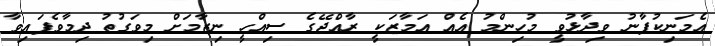
އެމަނިކުފާނު ވިދާޅުވީ މުހިންމު އެއް އަމާޒަކީ ރާއްޖޭގެ ސިއްހީ ނިޒާމަށް މިވަގުތު ދިމާވެފައިވާ